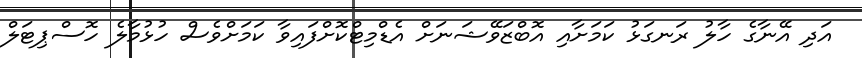
އަދި އޭނާގެ ހާލު ރަނގަޅު ކަމަށާއި އޮބްޒަވޭޝަނަށް އެޑްމިޓްކޮށްފައިވާ ކަމަށްވެސް ހުޅުމާލެ ހޮސްޕިޓަލް